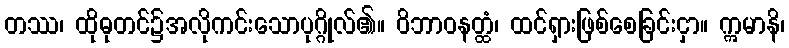
တဿ၊ ထိုဓုတင်၌အလိုကင်းသောပုဂ္ဂိုလ်၏။ ဝိဘာဝနတ္ထံ၊ ထင်ရှားဖြစ်စေခြင်းငှာ။ ဣမာနိ၊